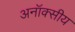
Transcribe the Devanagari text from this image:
अनॉक्सीय